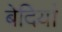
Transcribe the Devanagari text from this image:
बेदियां